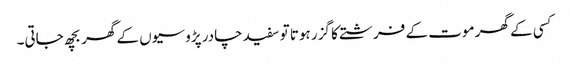
کسی کے گھر موت کے فرشتے کا گزر ہوتا تو سفید چادر پڑوسیوں کے گھر بچھ جاتی۔